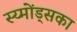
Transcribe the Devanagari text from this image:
स्य्मोंड्सका